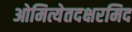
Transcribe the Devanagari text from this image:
ओमित्येतदक्षरमिद